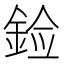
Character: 𰼳